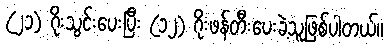
(၂၁) ဂိုးသွင်းပေးပြီး (၁၂) ဂိုးဖန်တီးပေးခဲ့သူဖြစ်ပါတယ်။